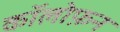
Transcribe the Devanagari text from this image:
कॉलोफ़न